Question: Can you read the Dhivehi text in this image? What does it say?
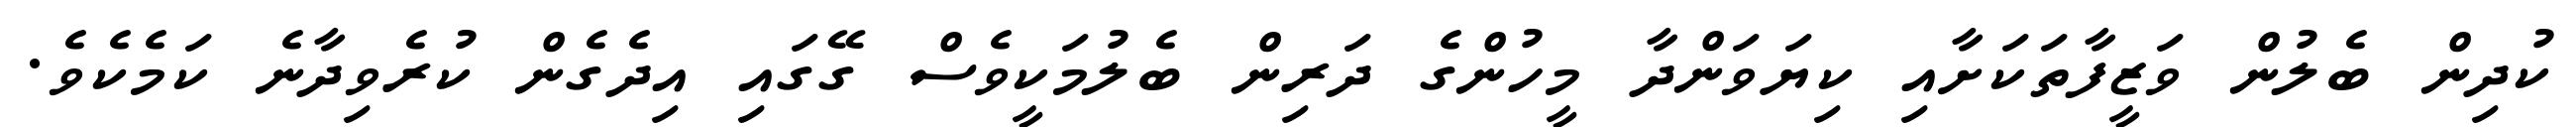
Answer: ކުދިން ބެލުން ވަޒީފާތަކަށާއި ކިޔަވަންދާ މީހުންގެ ދަރިން ބެލުމަކީވެސް ގޭގައި އިދެގެން ކުރެވިދާނެ ކަމެކެވެ.